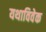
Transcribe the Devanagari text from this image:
यथाविवेक